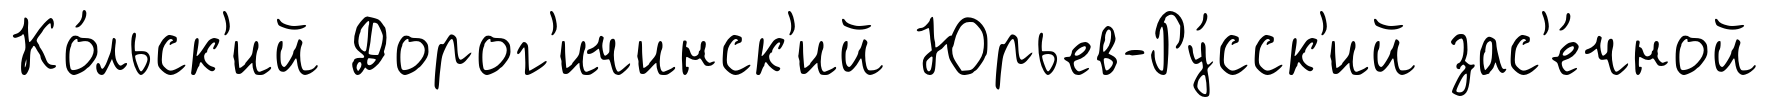
Ко́льск'ий Дорог'ичинск'ий Юрьев-Ру́сск'ий зас'е́чной